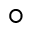
^ \circ